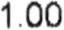
1.00